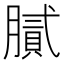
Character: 膩